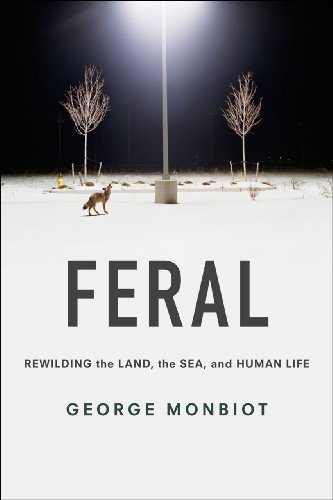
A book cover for Feral: Rewilding the Land, the Sea, and Human Life; George Monbiot; Science & Math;